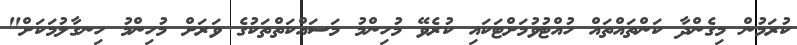
ކުރަމުން މިގެންދާ ކަންތައްތައް ހުއްޓުވުމަށްޓަކައި ކުރެވޭ މުހިންމު މަސައްކަތްތަކުގެ ވަރަށް މުހިންމު ހިނގާލުމަކަށް"